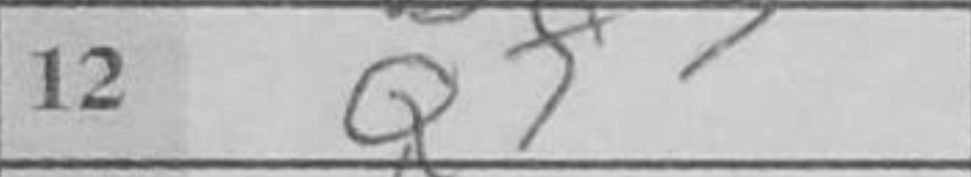
Transcription: Qf3